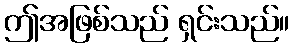
ဤအဖြစ်သည် ရှင်းသည်။